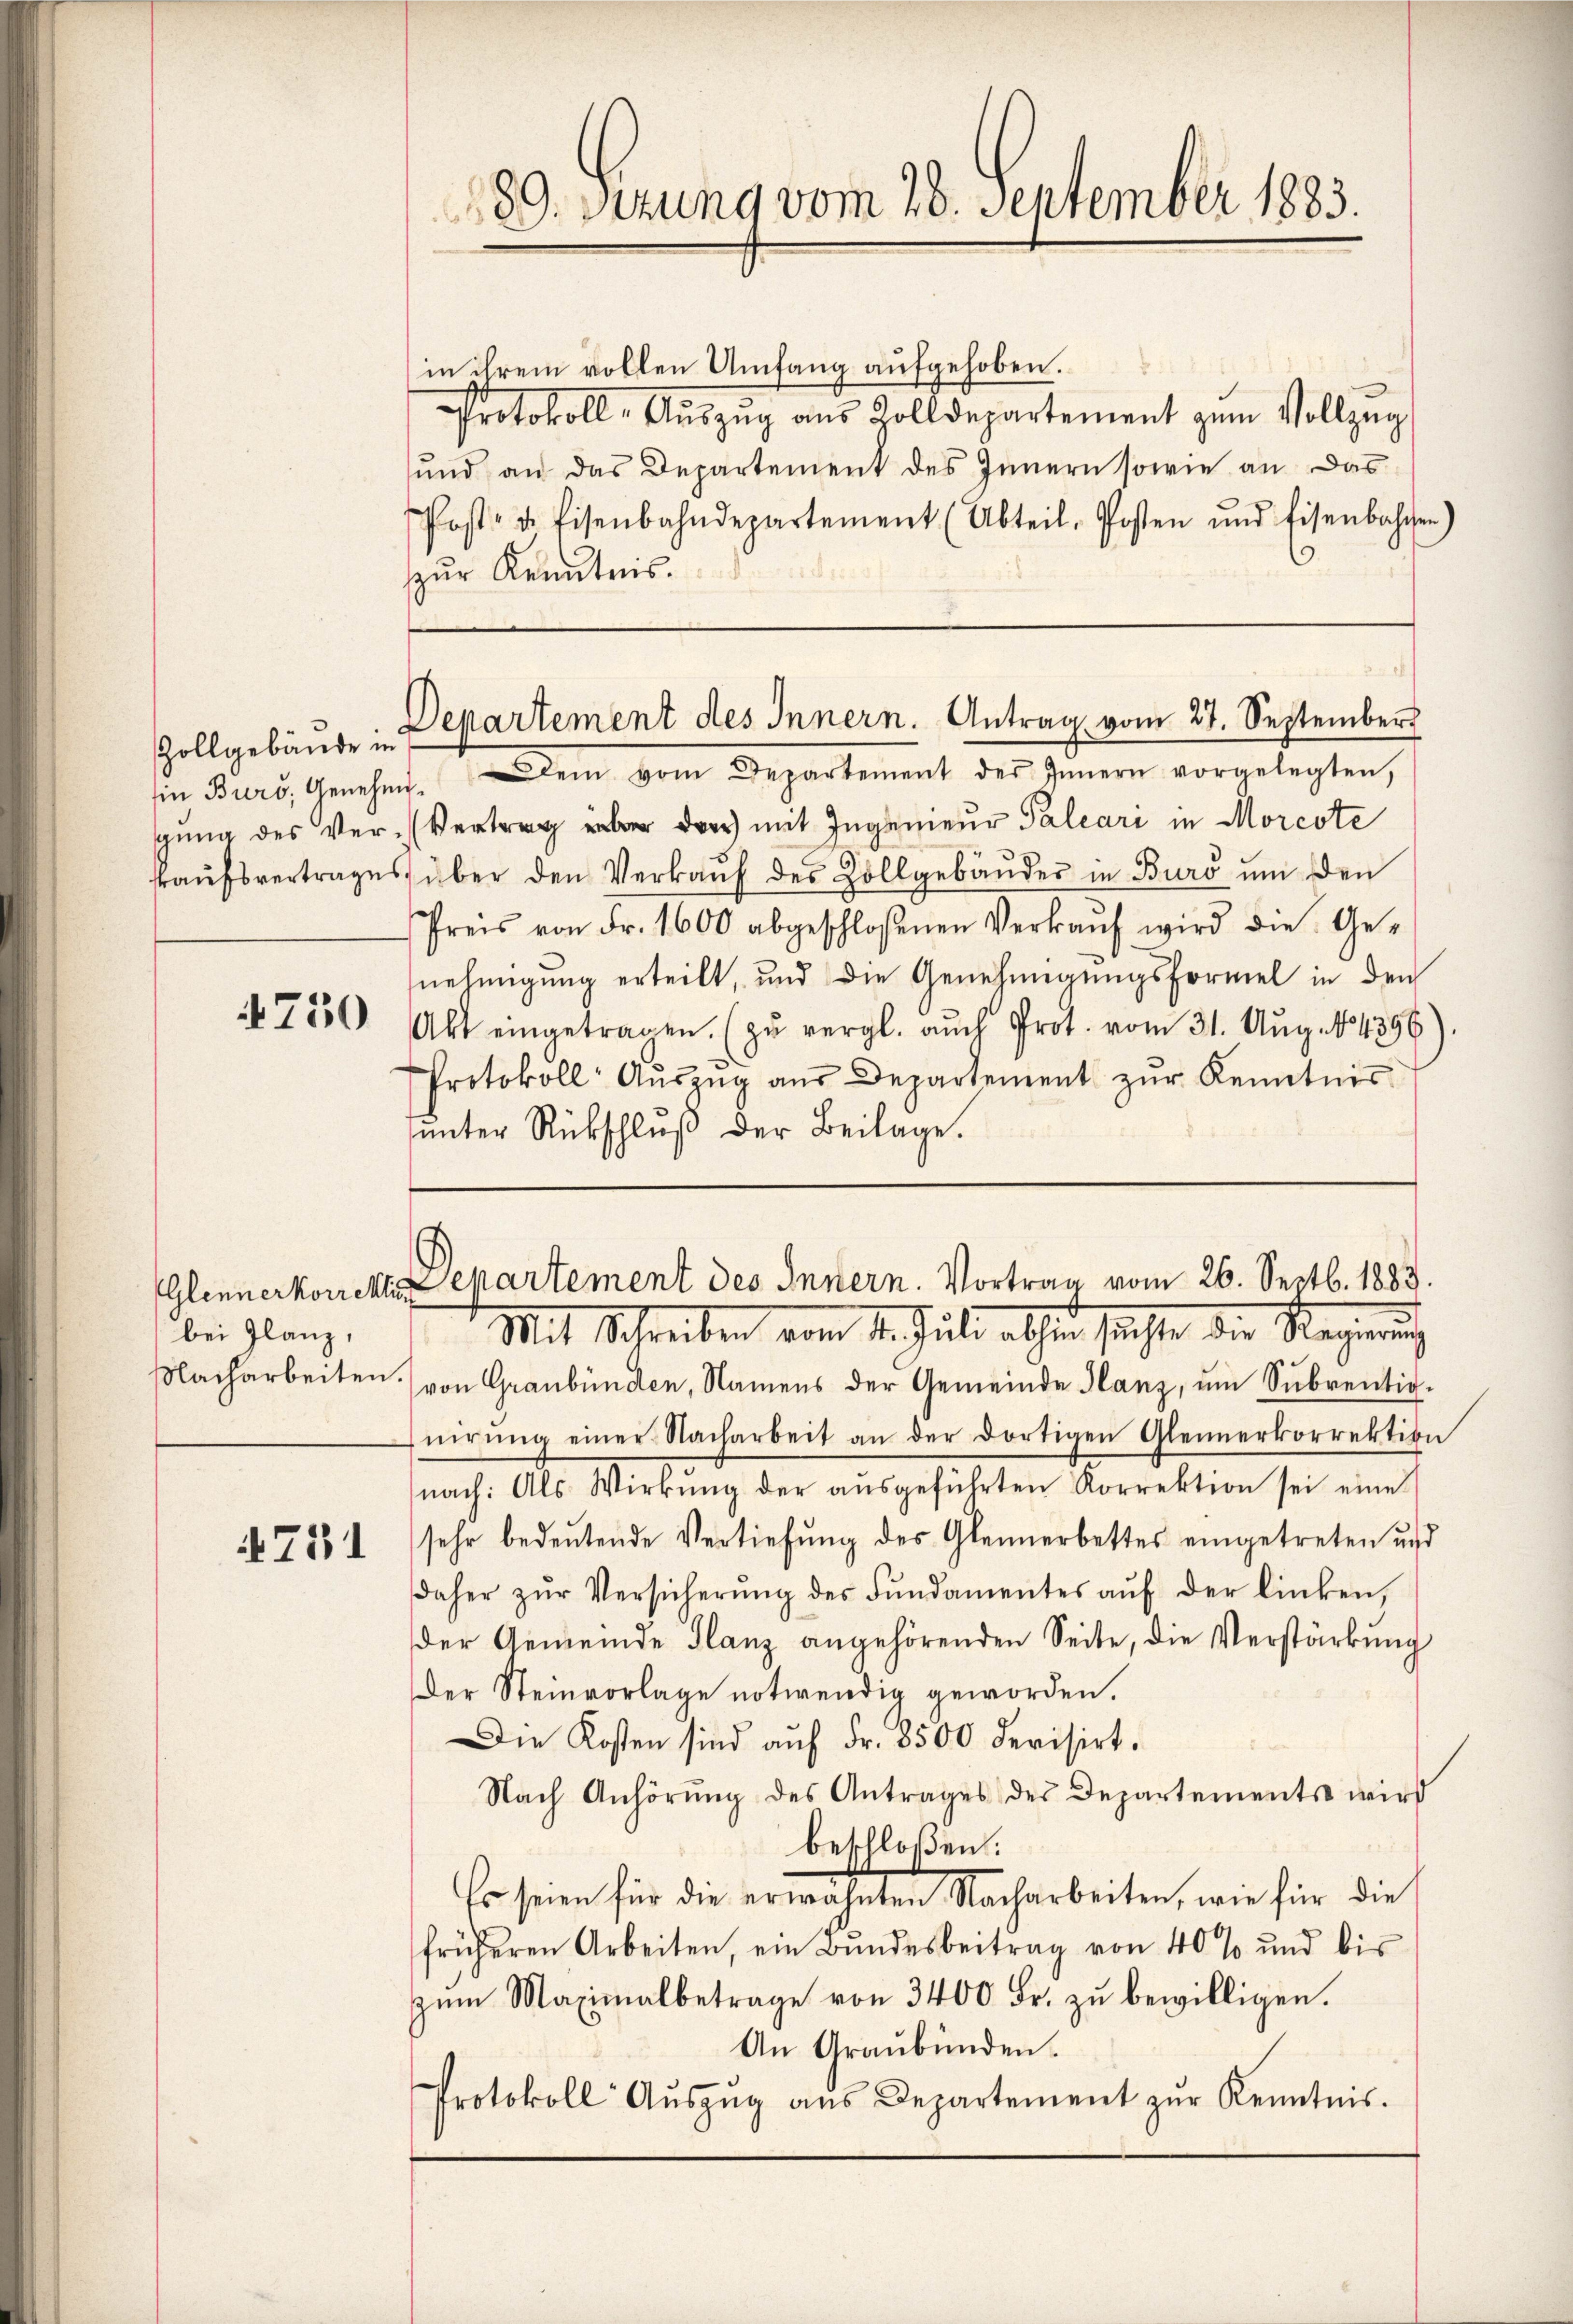
Zollgebäude in
Ein Burs, Genehmi¬

750

Glennerkorrekti
bei Glanz,
Nacharbeiten.

791

180. Sizung vom 28. September 1883.

in ihrem vollen Umfang aufgehoben.
Protokoll- Aŭszŭg aŭs Zolldepartement zŭm Vollzŭg
und an das Departement des Innern sowie an das
Post- u. Eisenbahndepartement (Abteil, Posten und Eisenbahren)
zŭr Kenntnis.

Departement des Innern. Antrag vom 27. September

Departement des Innern. Vortrag vom 26. Septb. 1883.
Mit Schreiben vom 1. Juli abhin sichte die Regierung

Dem vom Departement des Innern vorgelegten,
gŭng des Ver-Vertrag über das mit Ingenieur Palcari in Morcote
kaŭfsvertrages über den Verkaŭf des Collgebäŭder in Buro um den
Preis von Fr. 1600 abgeschloßenen Verkaŭf wird die Ge-
nehmigung erteilt, und die Genehmigungsformel in den
Akt eingetragen. (zŭ vergl. auch Prot. vom 31. Aug. 14396
Protokoll Aŭszŭg aŭs Departement zŭr Kenntnis
ŭnter Rückschlŭβ der Beilage.

von Graubünden, Namens der Gemeinde Hanz, um Subrentionirŭng einer Nacharbeit an der dortigen Gleinerkorrektion
nach: Als Wirkŭng der aŭsgeführten Korrektion sei eine
sehr bedeutende Vertiefung des Gleinerbettes eingetreten und
daher zŭr Versicherŭng des Fundamentes aŭf der linken,
der Gemeinde Glanz angehörenden Seite, die Verstärkung
Der Steinvorlage notwendig geworden.
Die Kosten sind aŭf Fr. 8500 devisirt.
Nach Anhörŭng des Antrages des Departements wird
beschloßen:
Es seien für die erwähnten Nacharbeiten, wie für die
früheren Arbeiten, ein Bŭndesbeitrag von 40% und bis
zum Maximalbetrage von 3400 Fr. zu bewilligen.
An Graubünden.
Protokoll Aŭszŭg aŭs Departement zŭr Kenntnis.